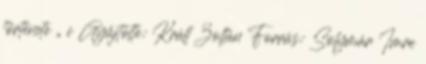
története „ c Gyűjtötte: Králl Zoltán Forrás: Solymár Imre